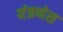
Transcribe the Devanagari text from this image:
यंत्रणेस